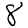
Digit: 8